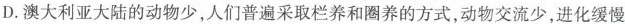
D.澳大利亚大陆的动物少，人们普遍采取栏养和圈养的方式，动物交流少，进化缓慢